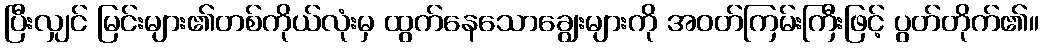
ပြီးလျှင် မြင်းများ၏တစ်ကိုယ်လုံးမှ ထွက်နေသောချွေးများကို အဝတ်ကြမ်းကြီးဖြင့် ပွတ်တိုက်၏။